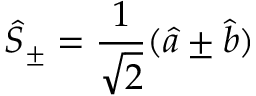
\hat { S } _ { \pm } = \frac { 1 } { \sqrt { 2 } } ( \hat { a } \pm \hat { b } )